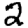
Digit: 2